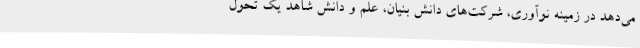
می‌دهد در زمینه نوآوری، شرکت‌های دانش بنیان، علم و دانش شاهد یک تحول